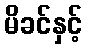
မိခင်နှင့်